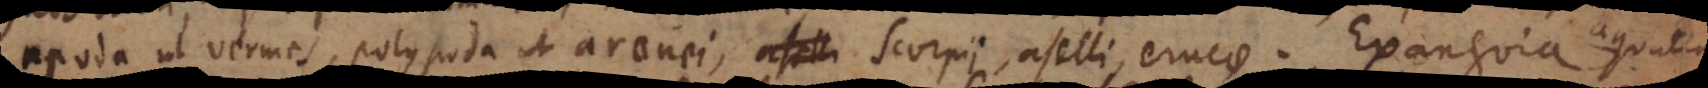
apoda ut vermes, polypoda ut aranei, aselli scorpii, aselli, erucae. Exanguia aquatica,